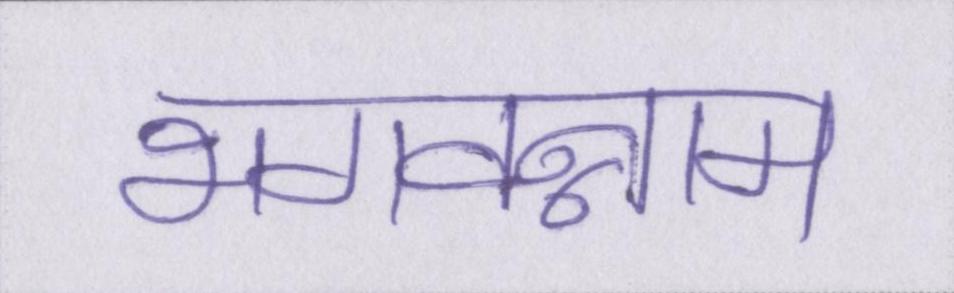
भगवन्नाम